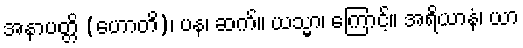
အနာပတ္တိ (ဟောတိ)၊ ပန၊ ဆက်။ ယသ္မာ၊ ကြောင့်။ အရိယာနံ၊ ယာ